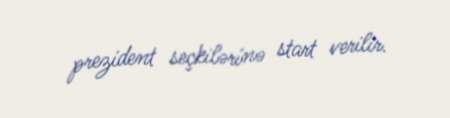
prezident seçkilərinə start verilir.